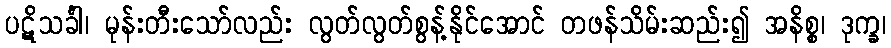
ပဋိသင်္ခါ၊ မုန်းတီးသော်လည်း လွတ်လွတ်စွန့်နိုင်အောင် တဖန်သိမ်းဆည်း၍ အနိစ္စ၊ ဒုက္ခ၊